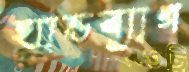
হ্যান্ডব্যাগ